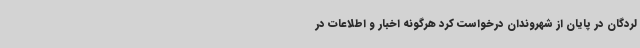
لردگان در پایان از شهروندان درخواست کرد هرگونه اخبار و اطلاعات در